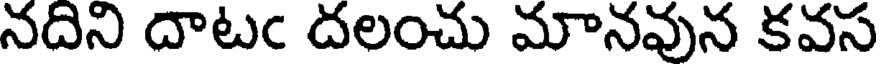
నదిని దాటఁ దలంచు మానవున కవస